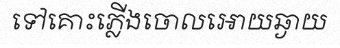
ទៅគោះភ្លើងចោលអោយឆ្ងាយ